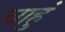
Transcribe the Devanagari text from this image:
चाहुं